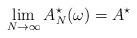
LaTeX: \begin{align*}\lim_{N \to \infty} A^\star_N(\omega) = A^\star \end{align*}